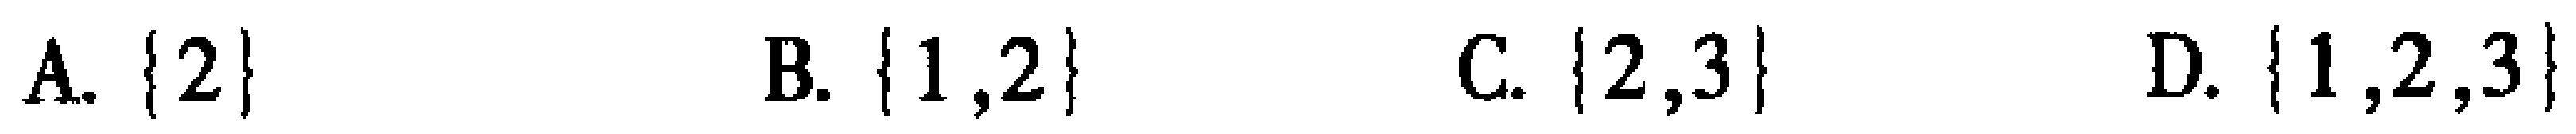
A. $\{2\}$  B. $\{1,2\}$  C. $\{2,3\}$  D. $\{1,2,3\}$